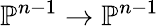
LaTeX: \mathbb{P}^{n-1}\to\mathbb{P}^{n-1}